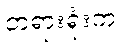
တရားရုံးက